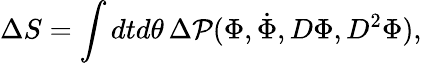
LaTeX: \Delta S=\int dtd\theta\, \Delta{\cal P}(\Phi,\dot{\Phi},D\Phi,D^{2}\Phi),